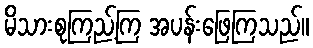
မိသားစုကြည့်ကြ အပန်းဖြေကြသည်။